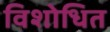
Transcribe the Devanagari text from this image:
विशोधित